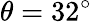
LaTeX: \theta=32^{\circ}